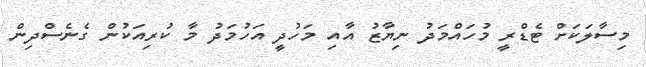
މިސާލަކަށް ޓެޑްރީ މުހައްމަދު ނިޔާޒު އާއި މަހުދީ އަހުމަދު މާ ކުރިއަކުން ގެނެސްދިން